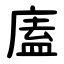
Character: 廅